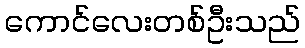
ကောင်လေးတစ်ဦးသည်